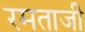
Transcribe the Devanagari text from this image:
रमताजी